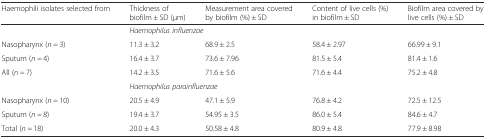
<table><thead><tr><td><b>Haemophili isolates selected from</b></td><td><b>Thickness of biofilm ± SD (μm)</b></td><td><b>Measurement area covered by biofilm (%) ± SD</b></td><td><b>Content of live cells (%) in biofilm ± SD</b></td><td><b>Biofilm area covered by live cells (%) ± SD</b></td></tr></thead><tbody><tr><td></td><td colspan="4"><i>Haemophilus influenzae</i></td></tr><tr><td>Nasopharynx (<i>n =</i> 3)</td><td>11.3 ± 3.2</td><td>68.9 ± 2.5</td><td>58.4 ± 2.97</td><td>66.99 ± 9.1</td></tr><tr><td>Sputum (<i>n =</i> 4)</td><td>16.4 ± 3.7</td><td>73.6 ± 7.96</td><td>81.5 ± 5.4</td><td>81.4 ± 1.6</td></tr><tr><td>All (<i>n =</i> 7)</td><td>14.2 ± 3.5</td><td>71.6 ± 5.6</td><td>71.6 ± 4.4</td><td>75.2 ± 4.8</td></tr><tr><td></td><td colspan="4"><i>Haemophilus parainfluenzae</i></td></tr><tr><td>Nasopharynx (<i>n =</i> 10)</td><td>20.5 ± 4.9</td><td>47.1 ± 5.9</td><td>76.8 ± 4.2</td><td>72.5 ± 12.5</td></tr><tr><td>Sputum (<i>n =</i> 8)</td><td>19.4 ± 3.7</td><td>54.95 ± 3.5</td><td>86.0 ± 5.4</td><td>84.6 ± 4.7</td></tr><tr><td>Total (<i>n =</i> 18)</td><td>20.0 ± 4.3</td><td>50.58 ± 4.8</td><td>80.9 ± 4.8</td><td>77.9 ± 8.98</td></tr></tbody></table>